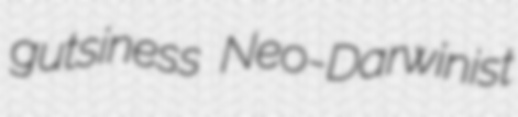
gutsiness Neo-Darwinist